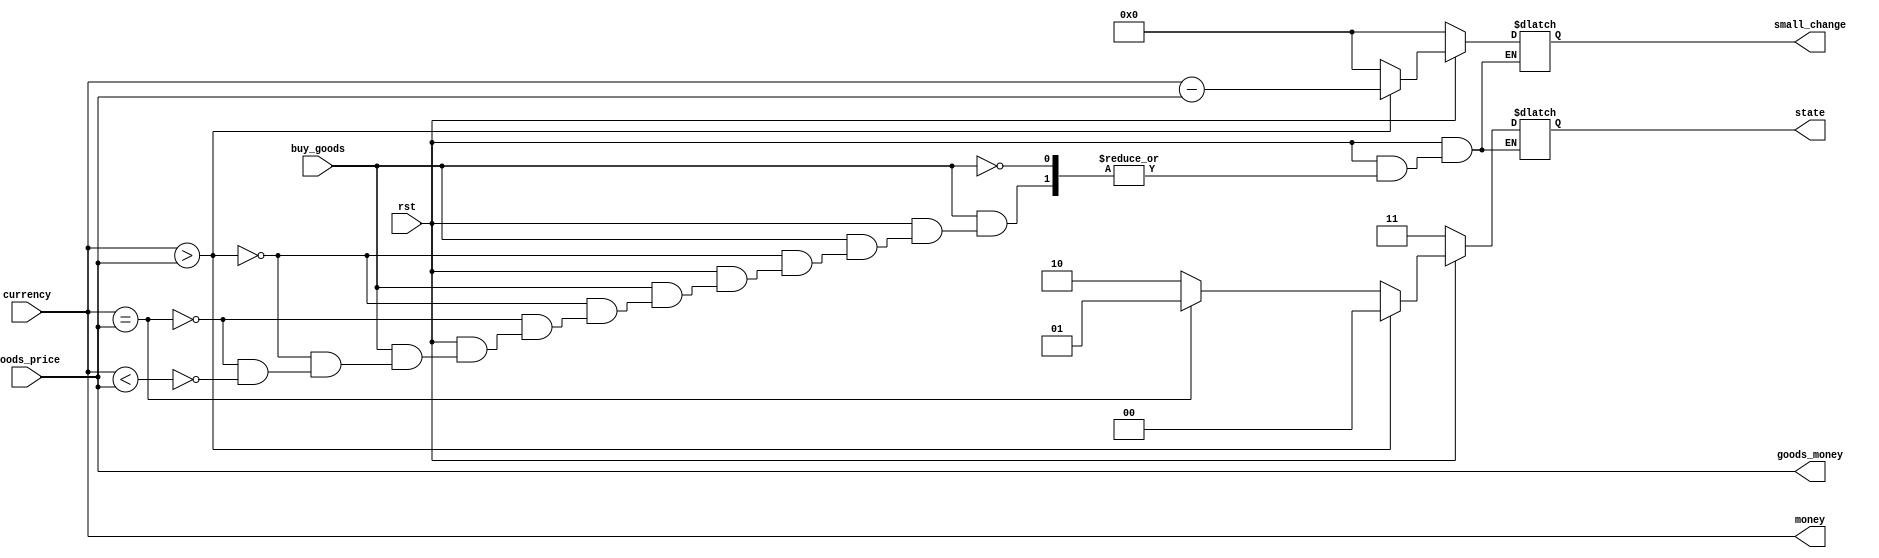
`timescale 1ns / 1ps
//////////////////////////////////////////////////////////////////////////////////
// Company: 
// Engineer: 
// 
// Design Name: 
// Module Name: transaction
// Project Name: 
// Target Devices: 
// Tool Versions: 
// Description: 
// 
// Dependencies: 
// 
// Revision:
// Revision 0.01 - File Created
// Additional Comments:
// 
//////////////////////////////////////////////////////////////////////////////////


module transaction(
    input rst,
    input [7:0] goods_price,
    input [11:0] currency,
    input buy_goods,
    output  [7:0] goods_money,
    output  [11:0] money,
    output reg [11:0] small_change,
    output reg [1:0] state
   // output  [7:0] GP_money,
    //output  [1:0] STATE,
   // output  [11:0] change   
    );
    reg [11:0] G_price ;//= 12'b0000_0000_0000;
    always @(*)//(negedge rst or goods_price or currency or buy_goods)
        begin
        if(!rst)
        begin
         //  goods_money = 8'd0;
        //   money = 8'd0;
           state = 2'b11;
           small_change  = 12'b0000_0000_0000;
        end
        else
            begin
            if(buy_goods)
                begin
                    //G_price = {G_price[11:8],goods_price[7:0]};
                    G_price = {4'b0000,goods_price[7:0]};
                    if(currency > G_price)
                      begin
                          state = 2'b00;
                          small_change = currency - G_price; 
                      end
                    else if(currency == G_price)
                      begin
                         state = 2'b01;
                          small_change  = 12'b0000_0000_0000; 
                      end
                     else if(currency < G_price)
                       begin 
                          state = 2'b10;
                          small_change = 12'd0;
                       end
                end
    end
 end
        
     assign       money = currency;
     assign       goods_money = goods_price;
   /*  assign       GP_money  =  goods_price;
     assign       STATE   =  state;
     assign       change = small_change ;*/
    /*always @(*)
        begin
            money <= currency;
            goods_money <= goods_price;
        end*/
    endmodule